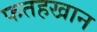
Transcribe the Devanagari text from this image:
फतहखान